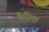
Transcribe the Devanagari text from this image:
कैप्रिया